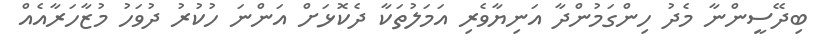
ބިދޭސީންނާ މެދު ހިންގަމުންދާ އަނިޔާވެރި އަމަލުތަކާ ދެކޮޅަށް އަންނަ ހުކުރު ދުވަހު މުޒާހަރާއެއް